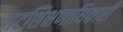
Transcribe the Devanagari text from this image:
गटशिक्षणाधिकारी